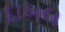
દાખલ